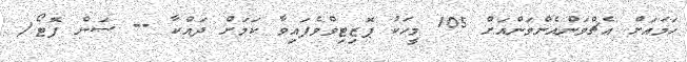
ހަމައަށް އެޗްވަންއެންވަންއަށް 105 މީހަކު ޕޮޒިޓިވްވެފައިވާ ކަމަށް ދައްކާ -- ސަން ފޮޓޯ/